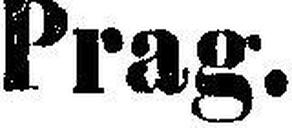
Prag.